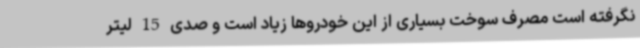
نگرفته است مصرف سوخت بسیاری از این خودروها زیاد است و صدی 15 لیتر